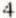
4